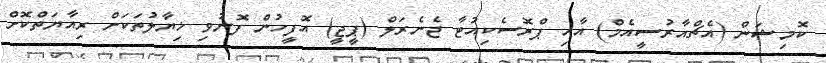
ކޮމިޝަން (އެޗްއާރުސީއެމް) އާއި ޕްރޮސެކިއުޓާ ޖެނެރަލް (ޕީޖީ) އޮފީހުން ފޮނުވި ޚިޔާލުތަކަށް ރިއާޔަތްކޮށް